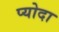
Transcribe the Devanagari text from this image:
प्योदा